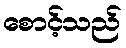
စောင့်သည်